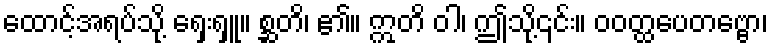
ထောင့်အရပ်သို့ ရှေးရှူ။ စ္ဆတိ၊ ၏။ ဣတိ ဝါ၊ ဤသို့၎င်း။ ဝဝတ္ထပေတဗ္ဗော၊